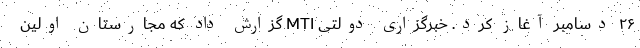
۲۶ دسامبر آغاز کرد. خبرگزاری دولتی MTI گزارش داد که مجارستان اولین